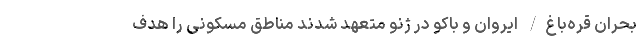
بحران قره‌باغ/ ایروان و باکو در ژنو متعهد شدند مناطق مسکونی را هدف